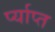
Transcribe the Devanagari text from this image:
र्प्याप्त